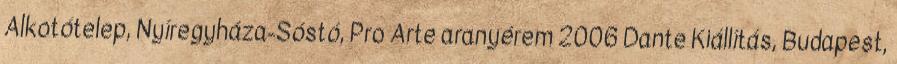
Alkotótelep, Nyíregyháza-Sóstó, Pro Arte aranyérem 2006 Dante Kiállítás, Budapest,